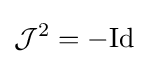
{\mathcal {J}}^{2}=-{\rm {Id}}